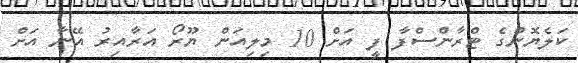
ކަލެޔޮންގެ ޓްރާންސްފާ ފީ އަށް 10 މިލިއަން ޔޫރޯ އަރާއިރު އޭނާ އަށް